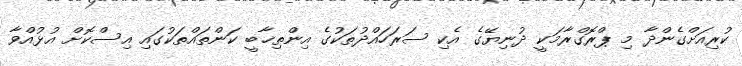
ކުރިއަށްގެންދާ މި ޕްރޮގްރާމަކީ ދުނިޔޭގެ އެކި ސަރަހައްދުތަކުގެ އިންތިޚާބީ ކަންތައްތަކުގައި އިސްކޮށް އުޅުއްވާ